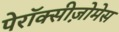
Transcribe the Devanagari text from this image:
पेरॉक्सीज़ोमेस